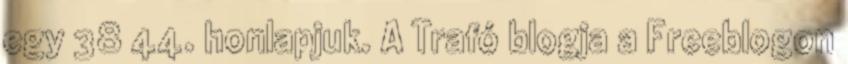
egy 38 44. honlapjuk. A Trafó blogja a Freeblogon